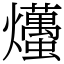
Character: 爡